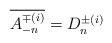
\begin{align*}\overline{A_{-n}^{\mp (i)}}=D_n^{\pm (i)}\end{align*}